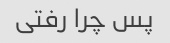
پس چرا رفتی